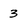
Character: 3